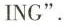
ING".